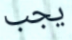
يجب